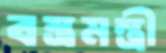
বস্ত্রমন্ত্রী